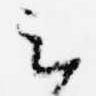
云